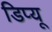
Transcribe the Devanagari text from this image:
डिप्यू